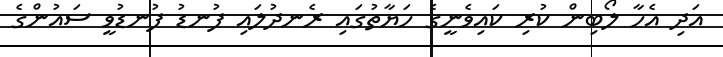
އަދި އެހާ ލޯބިން ކުރި ކައިވެނީގެ ހަޔާތުގައި ރެނދުލައި ފުނޑު ފުނޑުވީ ސައުންގެ